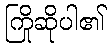
ကြိုဆိုပါ၏